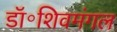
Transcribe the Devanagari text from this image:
डॉ॰शिवमंगल